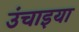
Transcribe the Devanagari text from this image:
उंचाइया